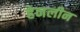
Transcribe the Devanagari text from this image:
हेनलीन